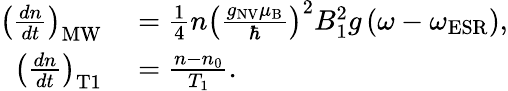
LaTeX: \begin{array}{rl}{\left(\frac{dn}{dt}\right)_{\mathrm{MW}}}&{{}=\frac{1}{4}n\left(\frac{g_{\mathrm{NV}}\mu_{\mathrm{B}}}{\hbar}\right)^{2}B_{1}^{2}g\left(\omega-\omega_{\mathrm{ESR}}\right),}\\ {\left(\frac{dn}{dt}\right)_{\mathrm{T1}}}&{{}=\frac{n-n_{0}}{T_{1}}.}\end{array}